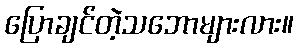
ပြောချင်တဲ့သဘောများလား။